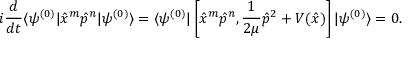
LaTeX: i \frac { d } { d t } \langle \psi ^ { ( 0 ) } | \hat { x } ^ { m } \hat { p } ^ { n } | \psi ^ { ( 0 ) } \rangle = \langle \psi ^ { ( 0 ) } | \left[ \hat { x } ^ { m } \hat { p } ^ { n } , \frac { 1 } { 2 \mu } \hat { p } ^ { 2 } + V ( \hat { x } ) \right] | \psi ^ { ( 0 ) } \rangle = 0 .